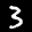
Label: 3